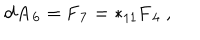
LaTeX: \mathbf { d A _ { 6 } } = \mathbf { F _ { 7 } } = * _ { 1 1 } \mathbf { F _ { 4 } } \ ,